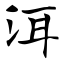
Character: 洱